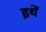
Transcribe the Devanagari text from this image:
इथें